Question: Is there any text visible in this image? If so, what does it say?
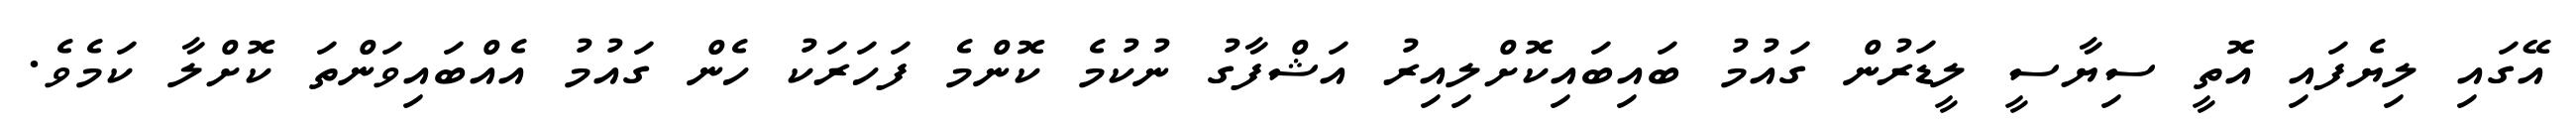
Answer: އޭގައި ލިޔެފައި އޮތީ ސިޔާސީ ލީޑަރުން ގައުމު ބައިބައިކޮށްލިއިރު އަޝްފާގު ނުކުމެ ކޮންމެ ފަހަރަކު ހެން ގައުމު އެއްބައިވަންތަ ކޮށްލާ ކަމެވެ.